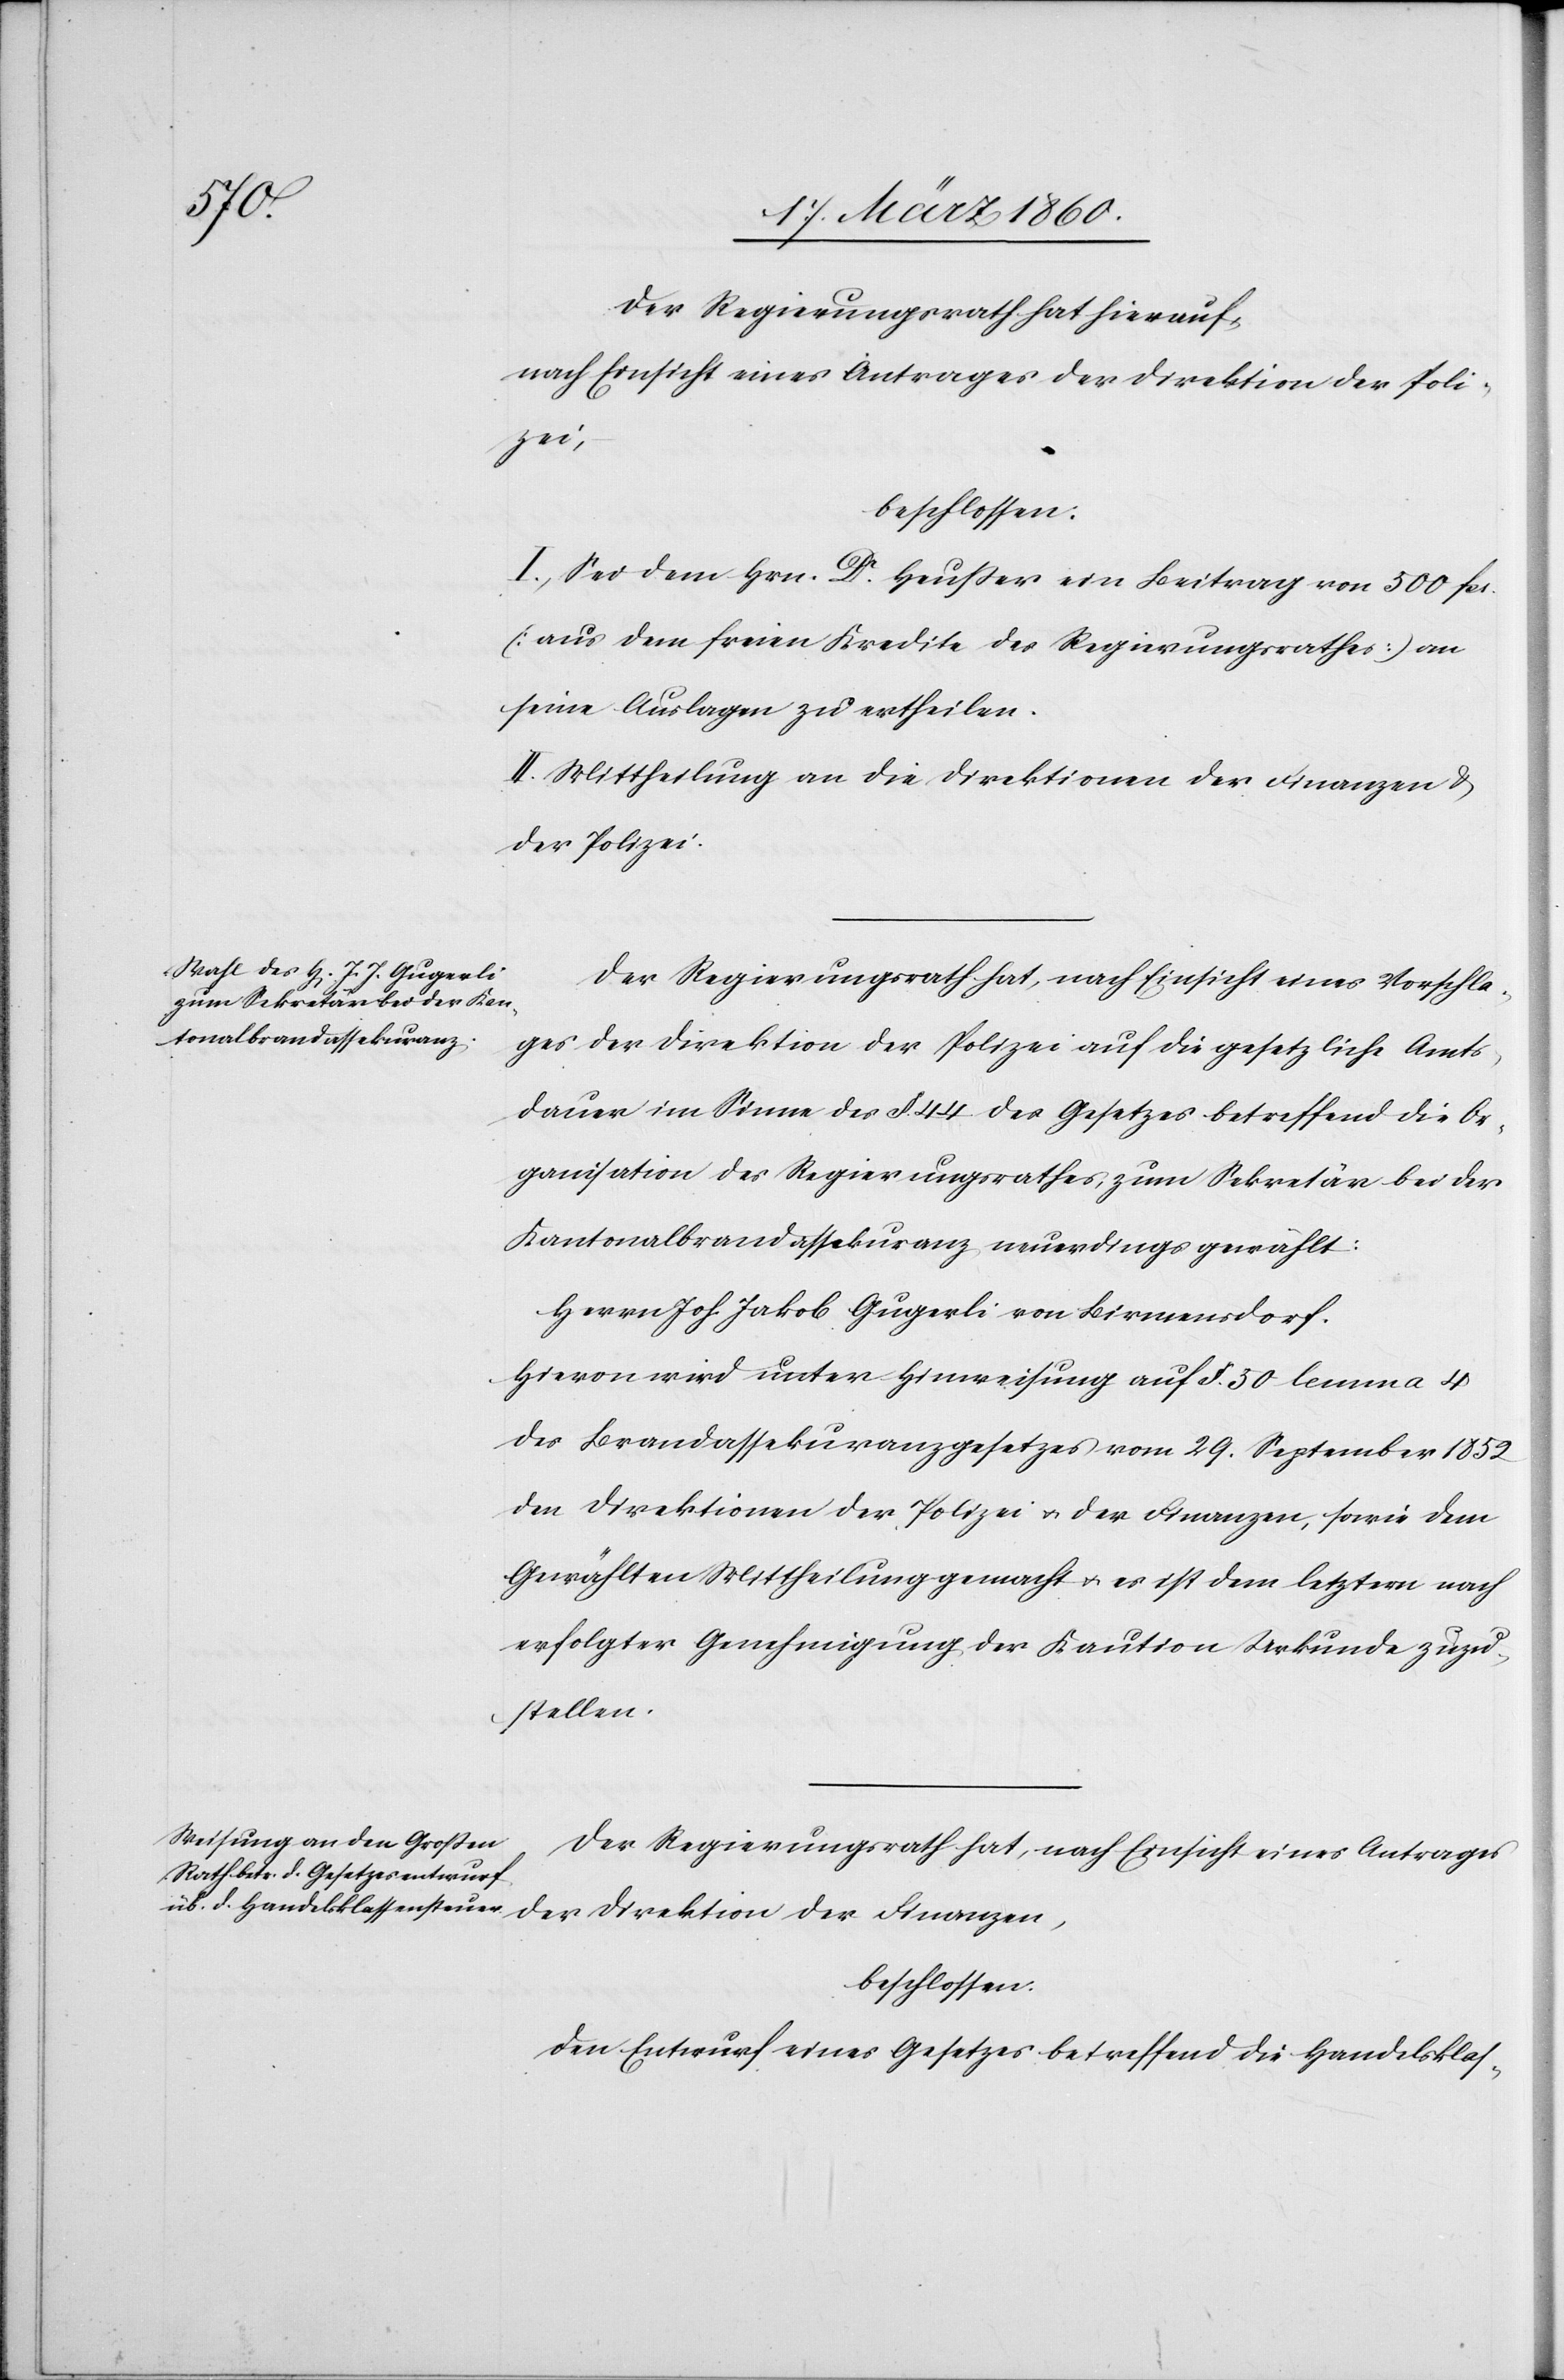
Der Regierungsrath hat hierauf,
nach Einsicht eines Antrages der Direktion der Poli¬
zei,
beschlossen:
I. Sei dem Hrn. Dr Heusser ein Beitrag von 500 fcs.
[aus dem freien Kredite des Regierungsrathes] an
seine Auslagen zu ertheilen.
II. Mittheilung an die Direktion der Finanzen u.
der Polizei.
Der Regierungsrath hat, nach Einsicht eines Vorschla¬
ges der Direktion der Polizei auf die gesetzliche Amts¬
dauer im Sinne des §. 44. des Gesetzes betreffend die Or¬
ganisation des Regierungsrathes, zum Sekretär bei der
Kantonalbrandassekuranz neuerdings gewählt:
Herrn Joh. Jakob Gugerli von Birmensdorf.
Hievon wird unter Hinweisung auf §. 50 lemma 4
des Brandassekuranzgesetzes vom 29. September 1852
den Direktionen der Polizei u. der Finanzen, sowie dem
Gewählten Mittheilung gemacht u. es ist dem letztern nach
erfolgter Genehmigung der Kaution Urkunde zuzu¬
stellen.
Der Regierungsrath hat, nach Einsicht eines Antrages
der Direktion der Finanzen,
beschlossen:
Den Entwurf eines Gesetzes betreffend die Handelsklas-